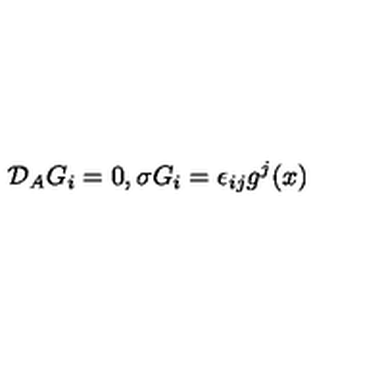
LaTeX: { \cal { D } } _ { A } G _ { i } = 0 , \sigma G _ { i } = \epsilon _ { i j } g ^ { j } ( x )